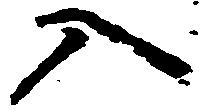
入